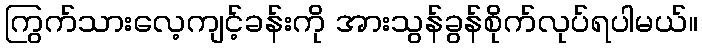
ကြွက်သားလေ့ကျင့်ခန်းကို အားသွန်ခွန်စိုက်လုပ်ရပါမယ်။